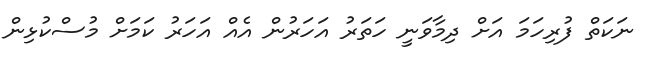
ނަކަތް ފުރިހަމަ އަށް ދިމާވަނީ ހަތަރު އަހަރުން އެއް އަހަރު ކަމަށް މުސްކުޅިން